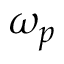
\omega _ { p }